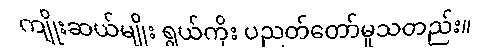
ကျိုးဆယ်မျိုး ရွယ်ကိုး ပညတ်တော်မူသတည်း။